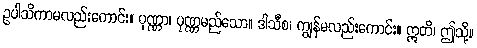
ဥပါသိကာမလည်းကောင်း။ ပုဏ္ဏာ၊ ပုဏ္ဏမည်သော။ ဒါသီစ၊ ကျွန်မလည်းကောင်း။ ဣတိ၊ ဤသို့။